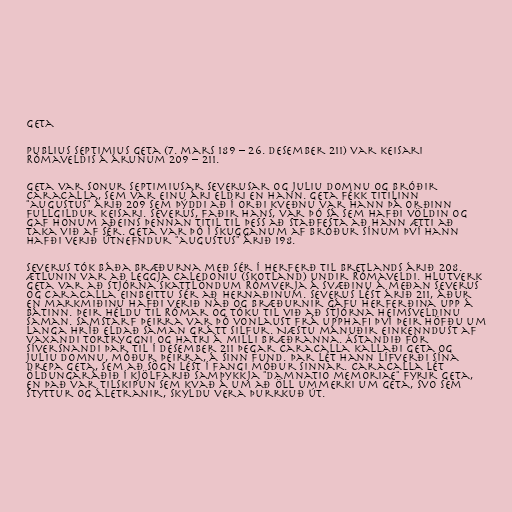
Geta

Publius Septimius Geta (7. mars 189 – 26. desember 211) var keisari
Rómaveldis á árunum 209 – 211.

Geta var sonur Septimiusar Severusar og Juliu Domnu og bróðir
Caracalla, sem var einu ári eldri en hann. Geta fékk titilinn
"augustus" árið 209 sem þýddi að í orði kveðnu var hann þá orðinn
fullgildur keisari. Severus, faðir hans, var þó sá sem hafði völdin og
gaf honum aðeins þennan titil til þess að staðfesta að hann ætti að
taka við af sér. Geta var þó í skugganum af bróður sínum því hann
hafði verið útnefndur "augustus" árið 198.

Severus tók báða bræðurna með sér í herferð til Bretlands árið 208.
Ætlunin var að leggja Caledoniu (Skotland) undir Rómaveldi. Hlutverk
Geta var að stjórna skattlöndum Rómverja á svæðinu á meðan Severus
og Caracalla einbeittu sér að hernaðinum. Severus lést árið 211, áður
en markmiðinu hafði verið náð og bræðurnir gáfu herferðina upp á
bátinn. Þeir héldu til Rómar og tóku til við að stjórna heimsveldinu
saman. Samstarf þeirra var þó vonlaust frá upphafi því þeir höfðu um
langa hríð eldað saman grátt silfur. Næstu mánuðir einkenndust af
vaxandi tortryggni og hatri á milli bræðranna. Ástandið fór
síversnandi þar til í desember 211 þegar Caracalla kallaði Geta og
Juliu Domnu, móður þeirra, á sinn fund. Þar lét hann lífverði sína
drepa Geta, sem að sögn lést í fangi móður sinnar. Caracalla lét
öldungaráðið í kjölfarið samþykkja "damnatio memoriae" fyrir Geta,
en það var tilskipun sem kvað á um að öll ummerki um Geta, svo sem
styttur og áletranir, skyldu vera þurrkuð út.